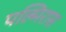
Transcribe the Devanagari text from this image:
पल्मिरास